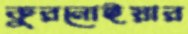
কুরনোইয়ার